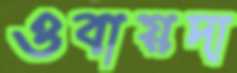
ওবায়দা